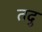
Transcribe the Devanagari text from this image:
तदु